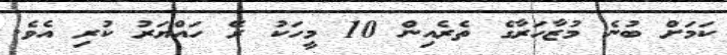
ކަމަށް ބުނެ މުޒާހަރާގެ ތެރެއިން 10 މީހަކު ރޭ ހައްޔަރު ކުރި އެވެ.